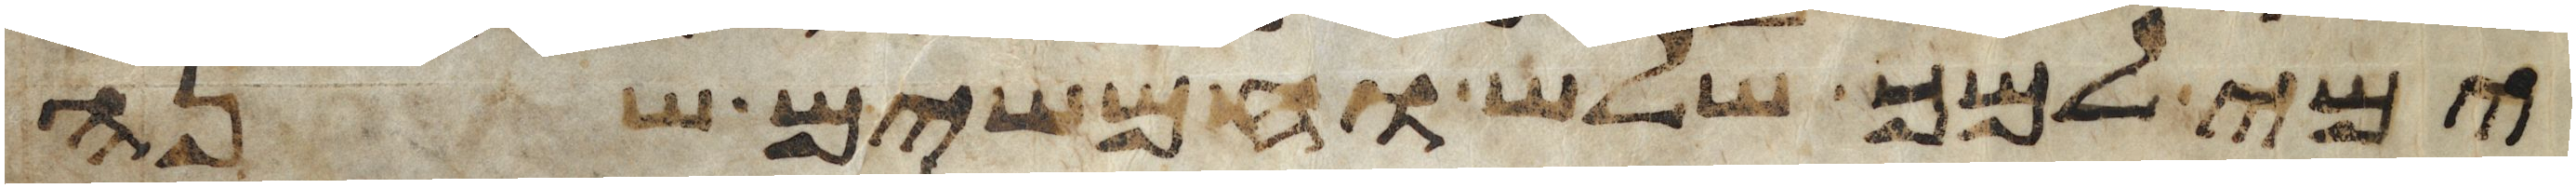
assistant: ימי למך שלש וחמשים שנה